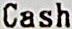
CASH